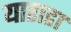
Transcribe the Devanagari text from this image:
याराडा